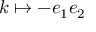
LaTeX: k \mapsto - e _ { 1 } e _ { 2 }